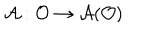
\mathcal { A } : \mathcal { O } \rightarrow \mathcal { A ( O ) }